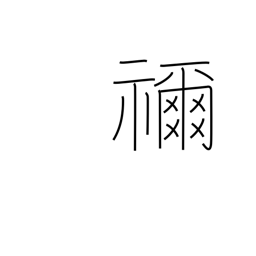
Meaning: ancestral shrine